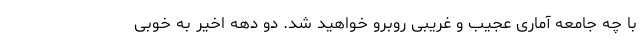
با چه جامعه آماری عجیب و غریبی روبرو خواهید شد. دو دهه اخیر به خوبی